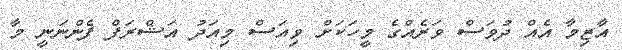
އާޒިމާ އެއް ދުވަސް ވަރެއްގެ މީހަކަށް ވިއަސް މިއަދު އަޝްރަފް ފެންނަނީ މާ